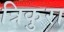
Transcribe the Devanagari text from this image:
त्रिकुरा